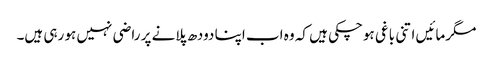
مگرمائیں اتنی باغی ہوچکی ہیں کہ وہ اب اپنا دودھ پلانے پر راضی نہیں ہو رہی ہیں۔